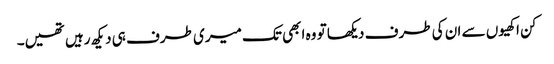
کن اکھیوں سے ان کی طرف دیکھا تو وہ ابھی تک میری طرف ہی دیکھ رہیں تھیں۔